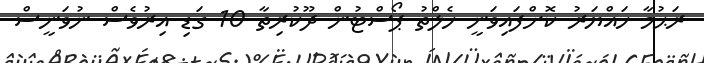
ރަޙުމާ ހައްޔަރު ކޮށްފައިވަނީ ހެލްތު ޕޯސްޓުން ދޫކުރިތާ 10 ގަޑި އިރުވެސް ނުވަނީސް